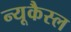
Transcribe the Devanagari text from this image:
न्यूकैस्ल